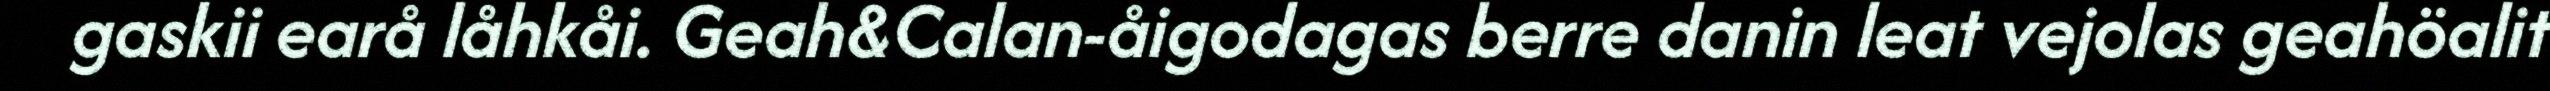
gaskii earå låhkåi. Geah&Calan-åigodagas berre danin leat vejolas geahöalit